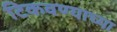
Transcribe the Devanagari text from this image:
टिकवण्याच्या